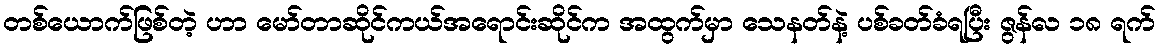
တစ်ယောက်ဖြစ်တဲ့ ဟာ မော်တာဆိုင်ကယ်အရောင်းဆိုင်က အထွက်မှာ သေနတ်နဲ့ ပစ်ခတ်ခံရပြီး ဇွန်လ ၁၈ ရက်